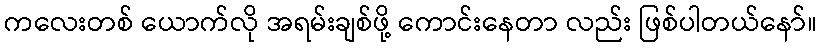
ကလေးတစ် ယောက်လို အရမ်းချစ်ဖို့ ကောင်းနေတာ လည်း ဖြစ်ပါတယ်နော်။